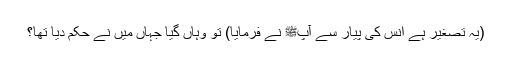
(یہ تصغیر ہے انس کی پیار سے آپﷺ نے فرمایا) تو وہاں گیا جہاں میں نے حکم دیا تھا؟